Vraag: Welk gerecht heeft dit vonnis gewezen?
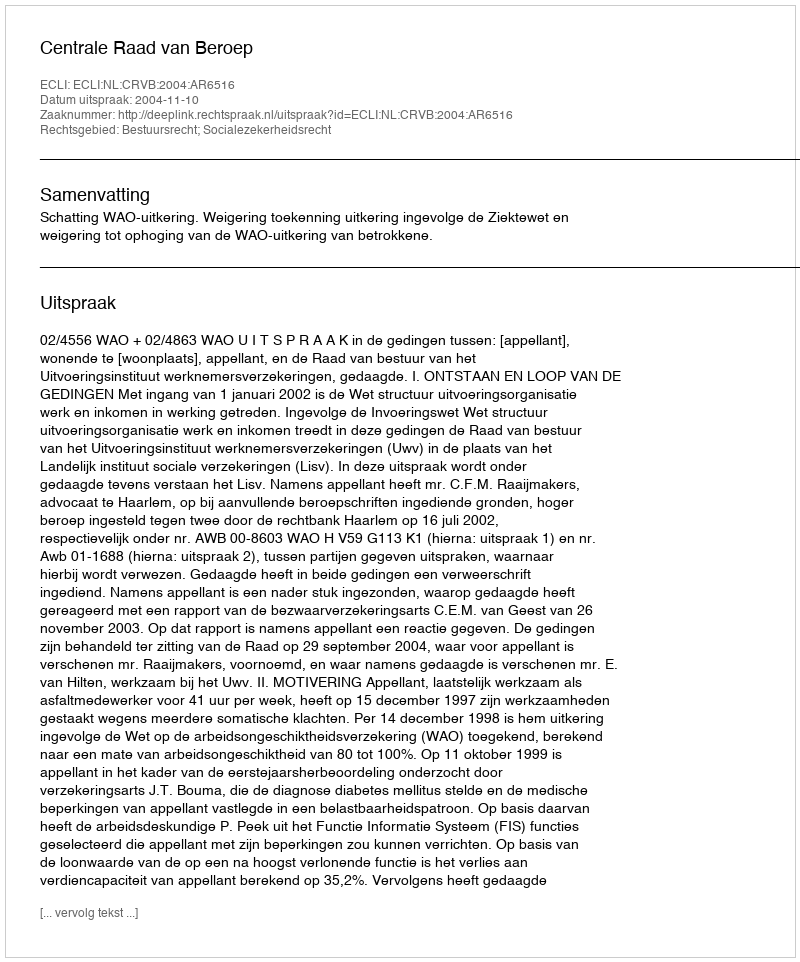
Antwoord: Centrale Raad van Beroep